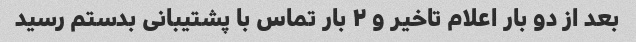
بعد از دو بار اعلام تاخیر و ۲ بار تماس با پشتیبانی بدستم رسید